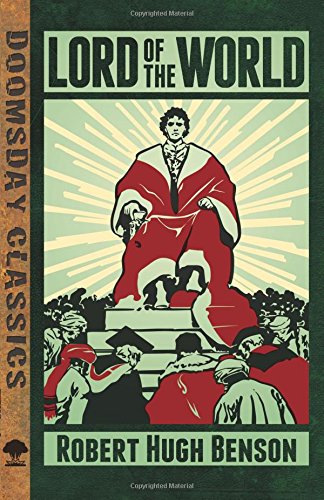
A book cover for Lord of the World (Dover Doomsday Classics); Robert Hugh Benson; Literature & Fiction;